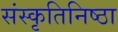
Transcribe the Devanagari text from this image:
संस्कृतिनिष्ठा